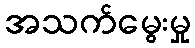
အသက်မွေးမှု